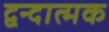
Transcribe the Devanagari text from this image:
द्वन्दात्मक